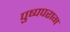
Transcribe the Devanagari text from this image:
पुष्पपराग